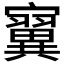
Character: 𪧴